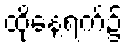
ထိုနေ့ရက်၌